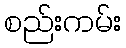
စည်းကမ်း